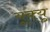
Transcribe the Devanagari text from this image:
यूक्यु